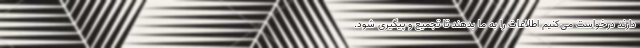
دارند درخواست می‌کنیم اطلاعات را به ما بدهند تا تجمیع و پیگیری شود.